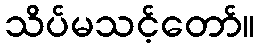
သိပ်မသင့်တော်။